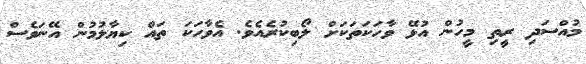
މުއްސަދި ރީތި މީހުން އުޅޭ ވާހަކަތަކަށް ލޯބިކުރެއެވެ. އެވާހަކަ ތައް ކިޔާލުމުން އޭނަވެސް